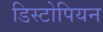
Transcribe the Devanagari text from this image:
डिस्टोपियन